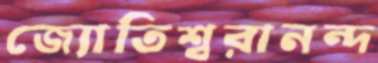
জ্যোতিশ্বরানন্দ